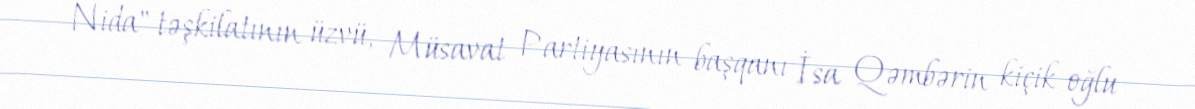
Nida" təşkilatının üzvü, Müsavat Partiyasının başqanı İsa Qəmbərin kiçik oğlu